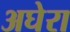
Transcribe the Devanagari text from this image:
अघेरा